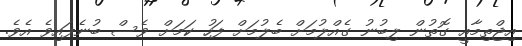
އިޖްތިމާއީ ގޮތުން ލިބުނު ގެއްލުމަށް ބެލުމަށް ފަހު ކަމަށް ވެސް ބުނެފައިވެ އެވެ.